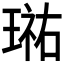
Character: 𭹮